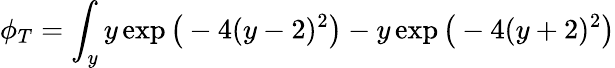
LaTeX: \phi_{T}=\int_{y}y\exp\big(-4(y-2)^{2}\big)-y\exp\big(-4(y+2)^{2}\big)